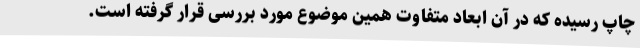
چاپ رسیده که در آن ابعاد متفاوت همین موضوع مورد بررسی قرار گرفته است.